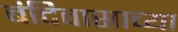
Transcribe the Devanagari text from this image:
बंदिवासाच्या